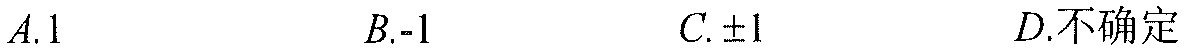
\(A.1\)  \(B.\text{-}1\)  \(C.\pm1\)  \(D.\text{不确定}\)